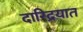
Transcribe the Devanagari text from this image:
दारिद्रयात